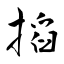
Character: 搯